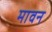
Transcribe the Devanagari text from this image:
मावन